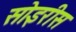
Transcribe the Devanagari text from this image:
सोइरीस